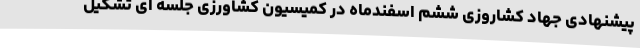
پیشنهادی جهاد کشاروزی ششم اسفندماه در کمیسیون کشاورزی جلسه ای تشکیل